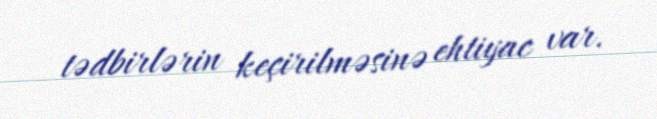
tədbirlərin keçirilməsinə ehtiyac var.